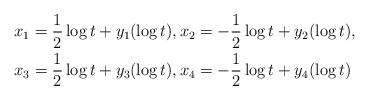
LaTeX: \begin{align*}\begin{aligned}x_1&=\frac{1}{2}\log t+y_1(\log t),x_2=-\frac{1}{2}\log t+y_2(\log t), \\x_3&=\frac{1}{2}\log t+y_3(\log t),x_4=-\frac{1}{2}\log t+y_4(\log t)\end{aligned}\end{align*}